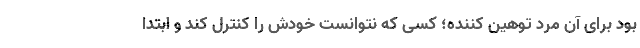
بود برای آن مرد توهین کننده؛ کسی که نتوانست خودش را کنترل کند و ابتدا